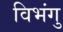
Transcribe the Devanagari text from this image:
विभंगु